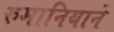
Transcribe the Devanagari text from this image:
रुमानियाने